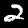
Label: 2